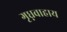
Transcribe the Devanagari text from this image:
गृध्नवाहाय